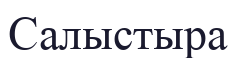
Салыстыра